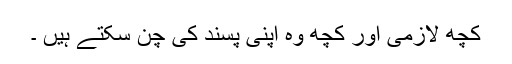
کچھ لازمی اور کچھ وہ اپنی پسند کی چن سکتے ہیں ۔